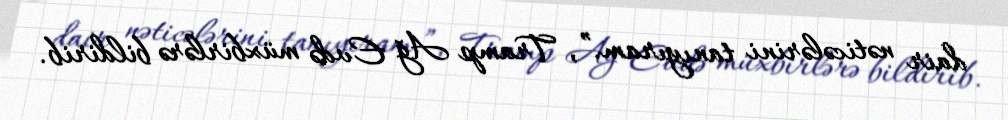
dair nəticələrini tanıyıram.”, Tramp Ağ Evdə müxbirlərə bildirib.